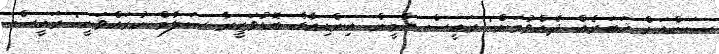
ސަންއަށް ޚަބަރެއް ދެއްވުމަށް: ރައީސް ޔާމީން އިންޑިއާގެ ބޮޑުވަޒީރާ ސަލާމް ކުރައްވަނީ: ރައީސް